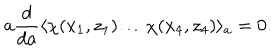
a \frac { d } { d a } \langle \chi ( x _ { 1 } , z _ { 1 } ) \ldots \chi ( x _ { 4 } , z _ { 4 } ) \rangle _ { a } = 0 .